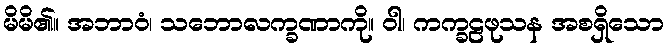
မိမိ၏။ အဘာဝံ၊ သဘောလက္ခဏာကို။ ဝါ၊ ကက္ခဠဖုသန အစရှိသော